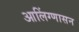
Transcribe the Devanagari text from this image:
आलिंग्णासन